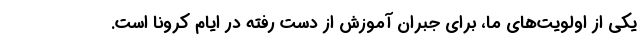
یکی از اولویت‌های ما، برای جبران آموزش از دست رفته در ایام کرونا است.